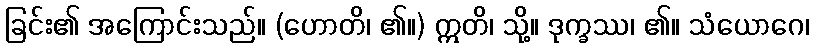
ခြင်း၏ အကြောင်းသည်။ (ဟောတိ၊ ၏။) ဣတိ၊ သို့။ ဒုက္ခဿ၊ ၏။ သံယောဂေ၊